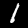
Label: 1